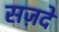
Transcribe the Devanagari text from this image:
सज़दे